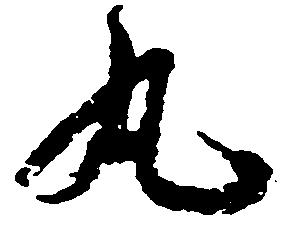
丸